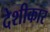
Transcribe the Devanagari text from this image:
देशीकार